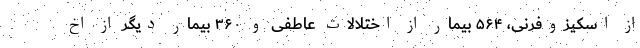
از اسکیزوفرنی، ۵۶۴ بیمار از اختلالات عاطفی و ۳۶۰ بیمار دیگر از اخ